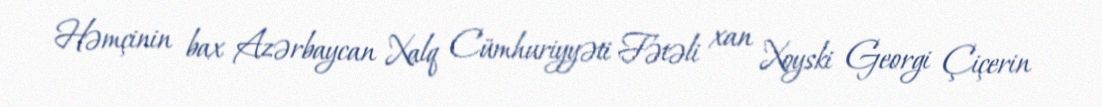
Həmçinin bax Azərbaycan Xalq Cümhuriyyəti Fətəli xan Xoyski Georgi Çiçerin